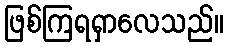
ဖြစ်ကြရရှာလေသည်။